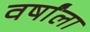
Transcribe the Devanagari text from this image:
वर्षांला